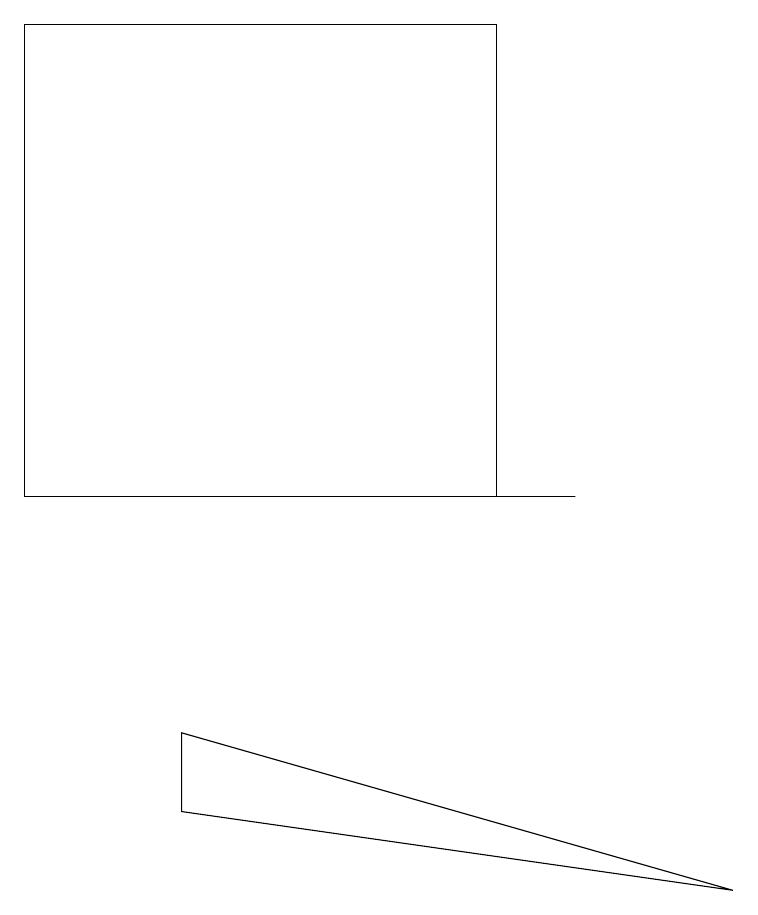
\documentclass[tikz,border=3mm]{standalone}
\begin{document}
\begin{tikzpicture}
\draw (7,12) rectangle (2,12);
\draw (2,9) -- (2,8) -- (9,7) -- cycle;
\draw (0,18) rectangle (6,12);
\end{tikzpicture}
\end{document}